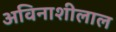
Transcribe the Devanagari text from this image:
अविनाशीलाल